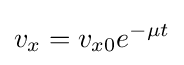
v_{x}=v_{x0}e^{-\mu t}